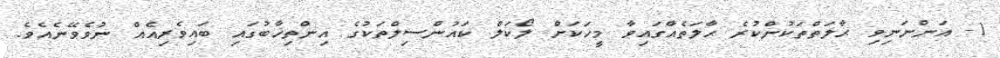
1- އަންނަނިވި ޙާލަތްތަކުންކުރެ ޙާލަތެއްގައިވާ މީހަކަށް ލޯކަލް ކައުންސިލްތަކުގެ އިންތިޚާބުގައި ބައިވެރިއެއް ނުވެވޭނެއެވެ.